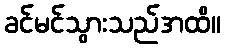
ခင်မင်သွားသည်အထိ။